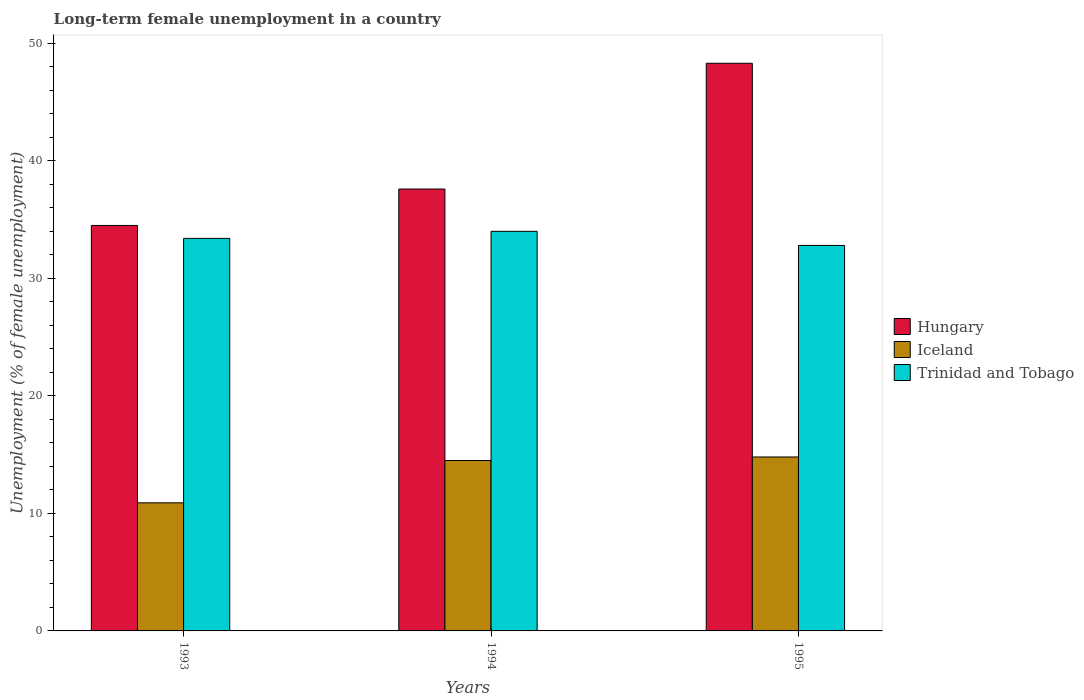
| Years | Hungary | Iceland | Trinidad and Tobago |
 | --- | --- | --- | --- |
 | 1993 | 34.5 | 10.9 | 33.4 |
 | 1994 | 37.6 | 14.5 | 34 |
 | 1995 | 48.3 | 14.8 | 32.8 |